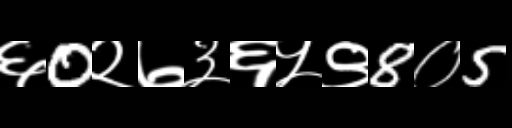
Text: ६0२७३६५९8०5